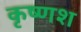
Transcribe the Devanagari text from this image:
कृष्णश